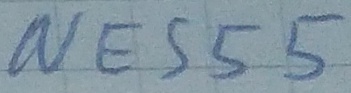
Text: NE555